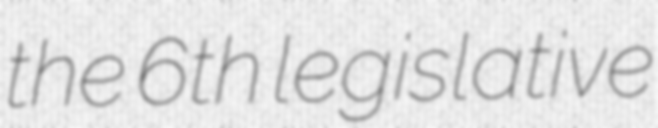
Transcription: the 6th legislative